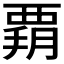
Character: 𧟶